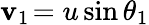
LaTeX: \mathbf{v}_{1\! }=u\sin\theta_{1}